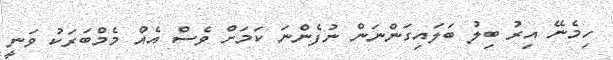
ހިމެނޭ އިރު ބިލު ބަލައިގަންނަން ނުފެންނަ ކަމަށް ވެސް އެއް މެމްބަރަކު ވަނީ